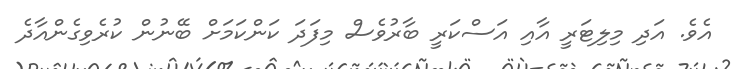
އެވެ. އަދި މިލިޓަރީ އާއި އަސްކަރީ ބާރުވެސް މިފަދަ ކަންކަމަށް ބޭނުން ކުރެވިގެންއާދެ